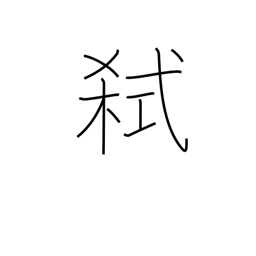
Meaning: murder one's lord or father